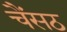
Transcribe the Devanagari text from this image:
चैंसठ